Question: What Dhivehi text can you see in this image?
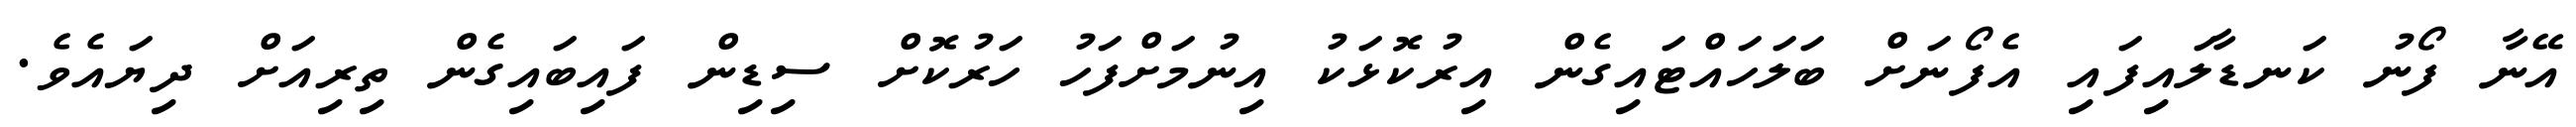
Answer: އޭނާ ފޯނު ކަނޑާލައިފައި އެފޯނަށް ބަލަހައްޓައިގެން އިރުކޮޅަކު އިނުމަށްފަހު ހަރުކޮށް ސިޑިން ފައިބައިގެން ތިރިއަށް ދިޔައެވެ.